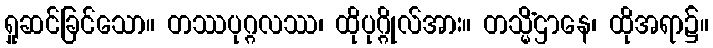
ရှုဆင်ခြင်သော။ တဿပုဂ္ဂလဿ၊ ထိုပုဂ္ဂိုလ်အား။ တသ္မိံဌာနေ၊ ထိုအရာ၌။